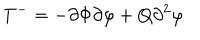
LaTeX: T ^ { - } = - \partial \Phi \partial \varphi + Q \partial ^ { 2 } \varphi